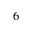
_ 6